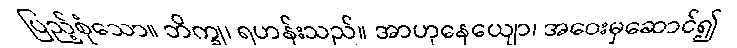
ပြည့်စုံသော။ ဘိက္ခု၊ ရဟန်းသည်။ အာဟုနေယျော၊ အဝေးမှဆောင်၍